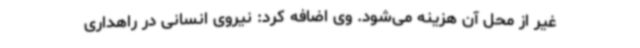
غیر از محل آن هزینه می‌شود. وی اضافه کرد: نیروی انسانی در راهداری